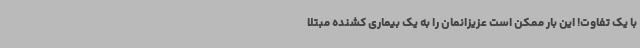
با یک تفاوت! این بار ممکن است عزیزانمان را به یک بیماری کشنده مبتلا